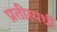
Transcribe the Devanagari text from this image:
प्रतीस्पर्धी